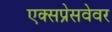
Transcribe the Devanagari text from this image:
एक्सप्रेसवेवर